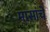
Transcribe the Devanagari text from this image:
मासांचे